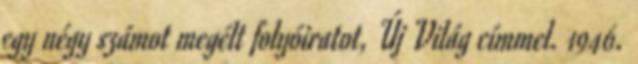
egy négy számot megélt folyóiratot, Új Világ címmel. 1946.